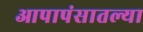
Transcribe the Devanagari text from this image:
आपापंसातल्या